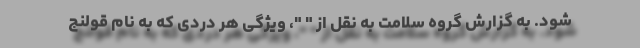
شود. به گزارش گروه سلامت به نقل از " "، ویژگی هر دردی که به نام قولنج